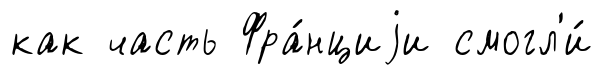
как часть Фра́нциjи смогл'и́